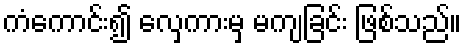
ကံကောင်း၍ လှေကားမှ မကျခြင်း ဖြစ်သည်။